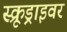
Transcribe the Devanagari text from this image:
स्क्रूड्राइवर